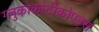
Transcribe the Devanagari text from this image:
ग्लुकोकोर्टीकोएड्स